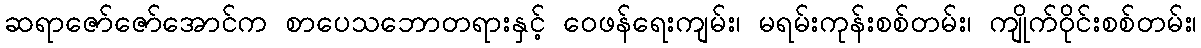
ဆရာဇော်ဇော်အောင်က စာပေသဘောတရားနှင့် ဝေဖန်ရေးကျမ်း၊ မရမ်းကုန်းစစ်တမ်း၊ ကျိုက်ဝိုင်းစစ်တမ်း၊